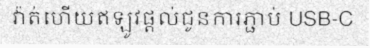
វ៉ាត់ហើយឥឡូវផ្តល់ជូនការភ្ជាប់ USB-C